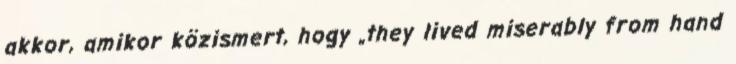
akkor, amikor közismert, hogy „they lived miserably from hand